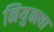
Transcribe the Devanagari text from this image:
नियुक्त्या